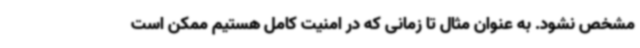
مشخص نشود. به عنوان مثال تا زمانی که در امنیت کامل هستیم ممکن است